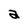
Character: a